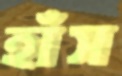
হাঁস